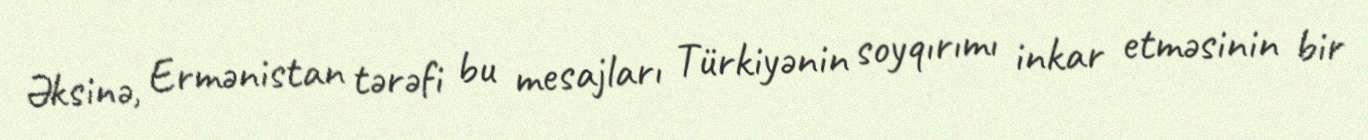
Əksinə, Ermənistan tərəfi bu mesajları Türkiyənin soyqırımı inkar etməsinin bir